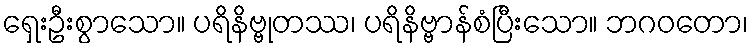
ရှေးဦးစွာသော။ ပရိနိဗ္ဗုတဿ၊ ပရိနိဗ္ဗာန်စံပြီးသော။ ဘဂဝတော၊